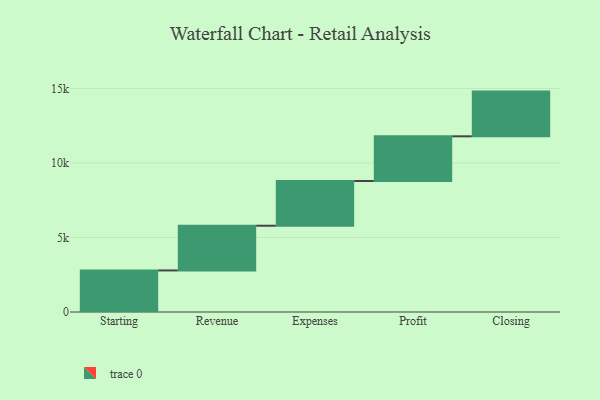
{"axis": {"x": "Step", "y": "Value"}, "legend": [""], "data": [{"x": "Starting", "y": 2789.0, "type": ""}, {"x": "Revenue", "y": 3000, "type": ""}, {"x": "Expenses", "y": 3000, "type": ""}, {"x": "Profit", "y": 3000, "type": ""}, {"x": "Closing", "y": 3000, "type": ""}]}